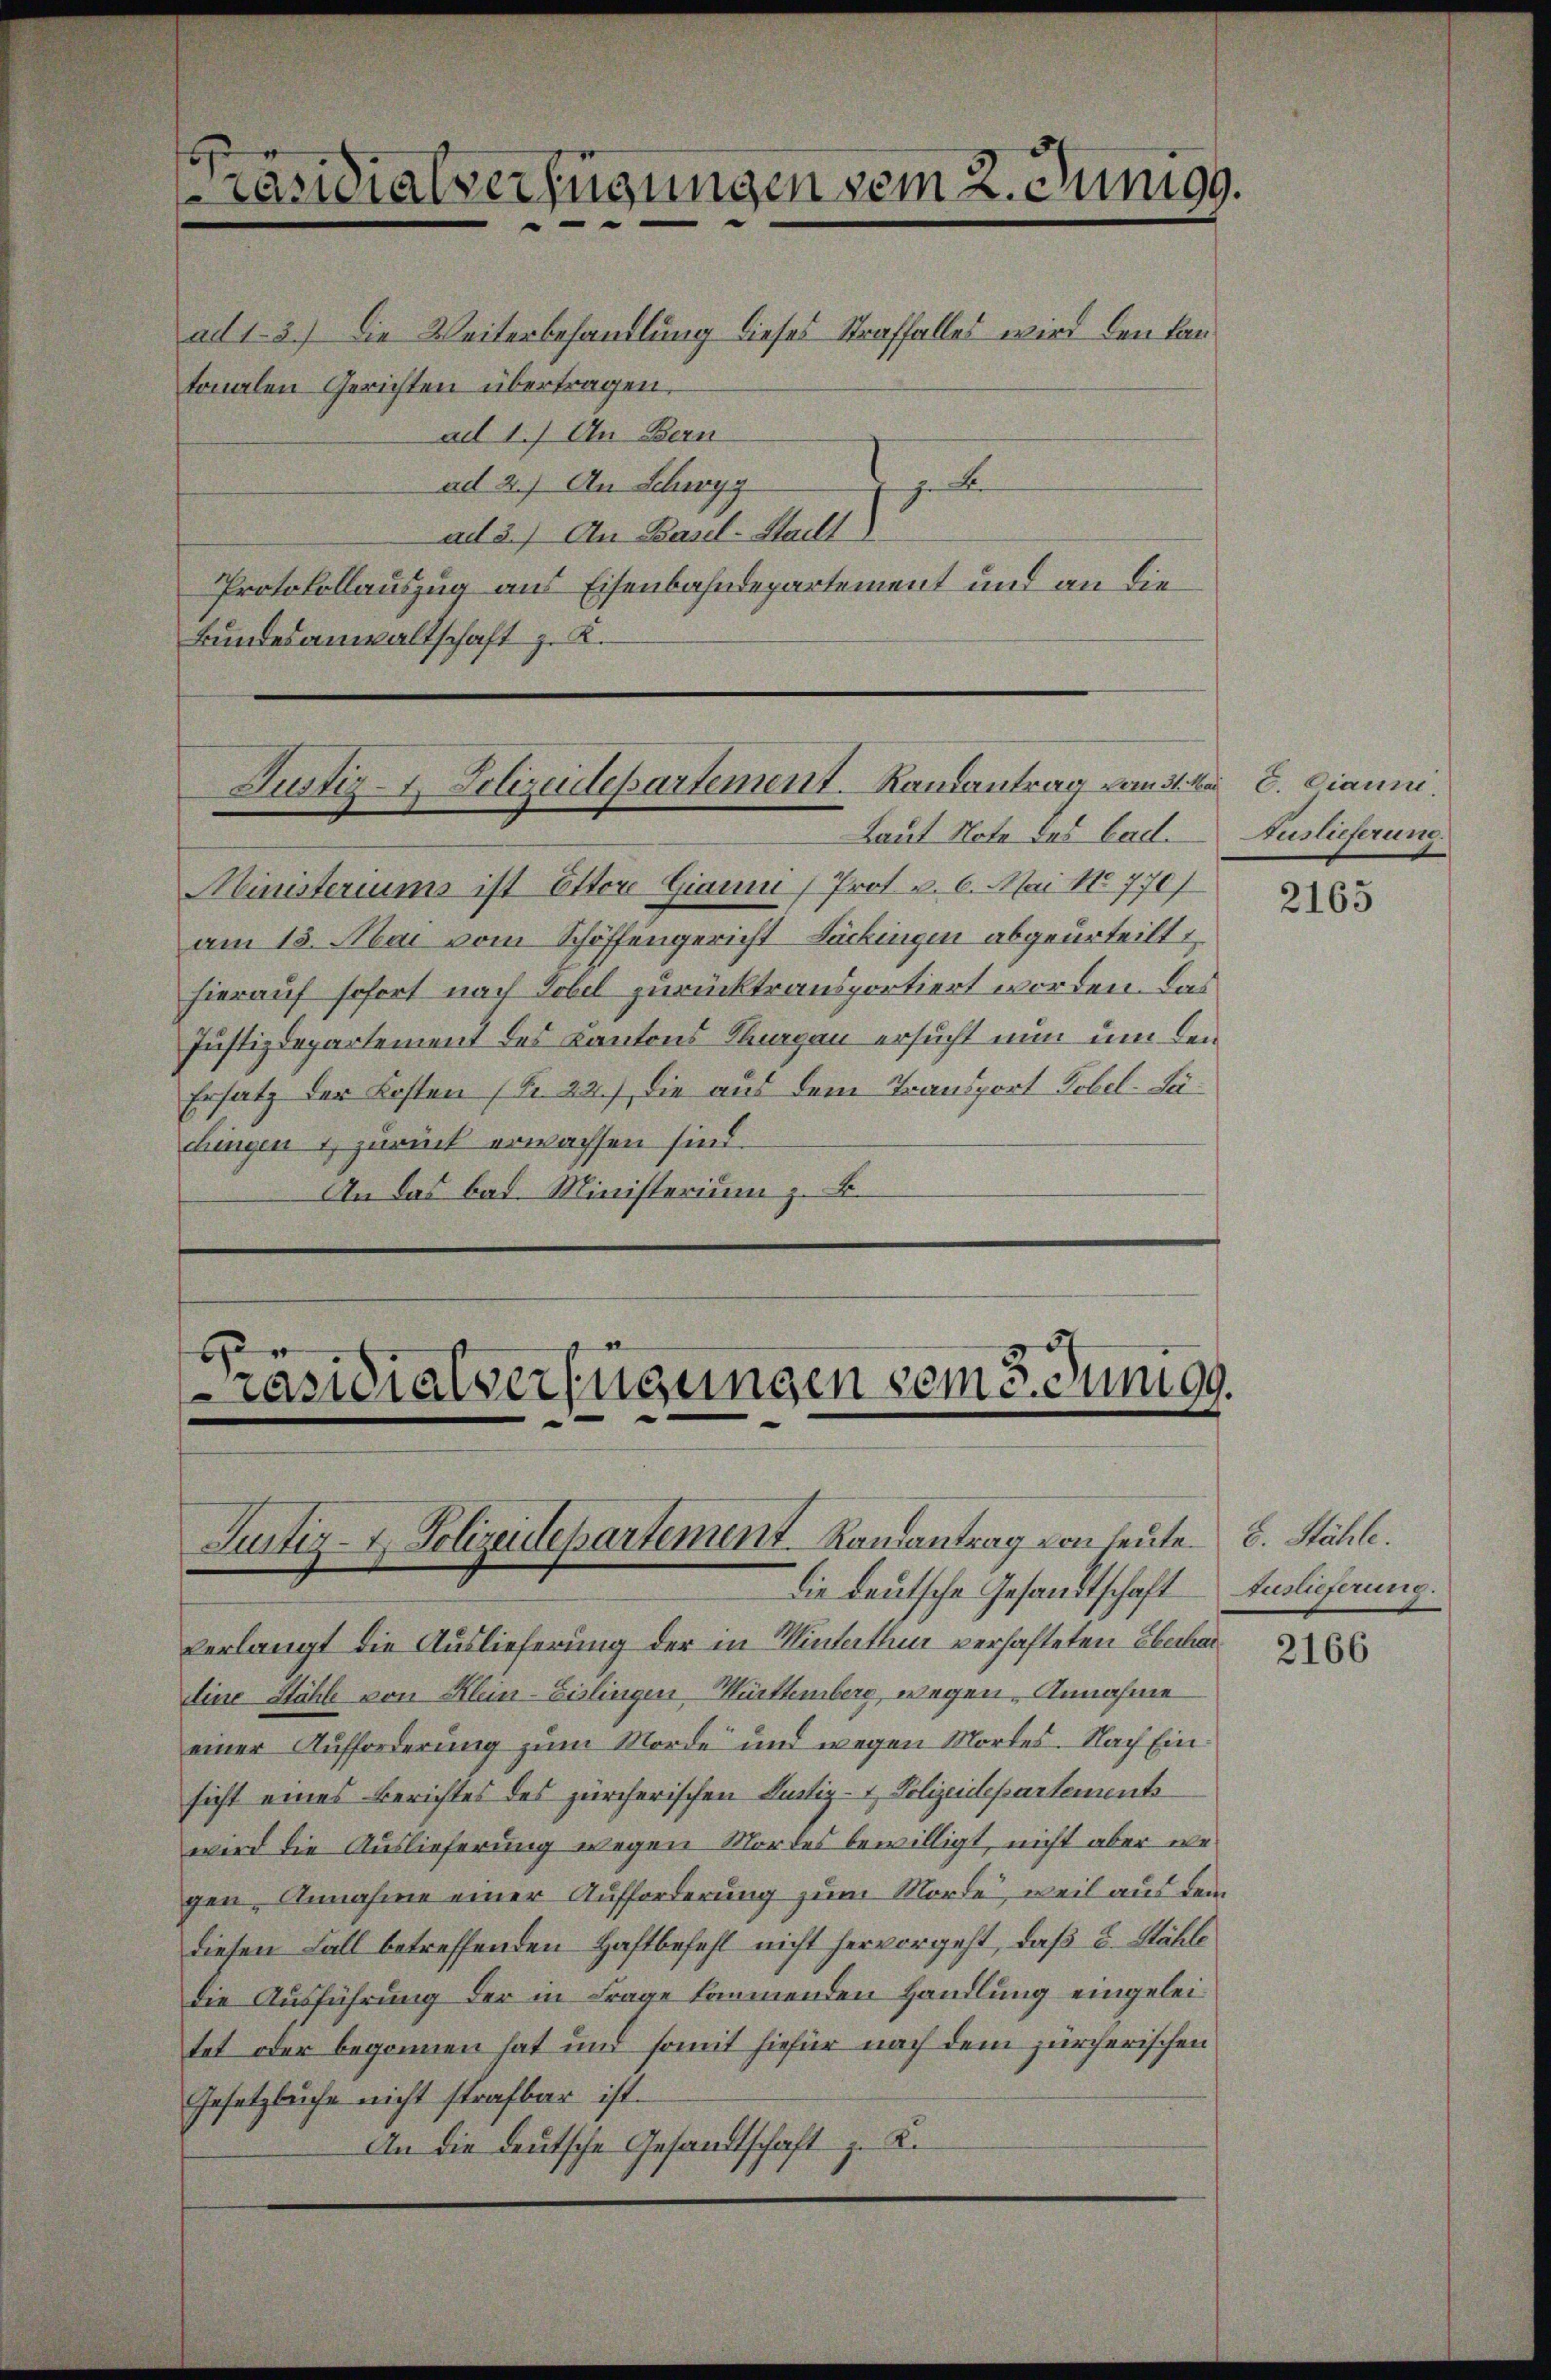
Protokollauszug aus Eisenbahndepartement und an die
Bundesanwaltschaft z. K.

Präsidialverfügungen vom 2. Junigg.
ad 1. 3.) Die Weiterbehandlung dieses Straffalles wird den Lantonalen Gerichten übertragen,
ad 1.) An Bern
ad 2.) An Schwyz
J
ad 2.) An Basel-Stadt

Justiz - Polizeidepartement. Randantrag Landtite 2. Diaum.

Laut Note das bad.
Ministeriums ist Ottore Giann Prot. v. 6. Mai No 770
am 15. Mai vom Schöffengericht Lackingen abgeurteilt
hierauf sofort nach Tobel zurücktransportiert worden. Das
Justizdepartement des Kantons Saargau ersucht nun um den
Ersatz der Kosten (Nr. 22.) Die aus dem Transport Tobel-Suchingen & zurück erwachsen sind.
An das bad. Ministerium z. B.

b.
Casidialverfügungen vom 3. Juni gg.
Justiz- & Polizeidepartement Randantrag von leute. E. Stähle.

Die deutsche Gesandtschaft
verlangt die Auslieferung der in Winterthur verhafteten Eberhan¬
Eine Stähle von Klein-Eislingen-Württemberg wegen Annahme
einer Aufforderung zum Morde und wegen Mordes. Nach Einsicht eines Berichtes des zürcherischen Rustiz- & Polizeidepartements
wird die Auslieferung wegen Mordes bewilligt, nicht aber wegen, Annahme einer Aufforderung zum Morde, weil aus dem
diesen Fall betreffenden Haftbefehl nicht hervorgeht, daß d. Stähle
die Ausführung der in Frage kommenden Handlung eingeleitet oder begonnen hat und somit hiefür nach dem zürcherischen
Gesetzbuche nicht strafbar ist.
An die deutsche Gesandtschaft z. B.

Auslieferung.

2165

Auslieferung.

2166